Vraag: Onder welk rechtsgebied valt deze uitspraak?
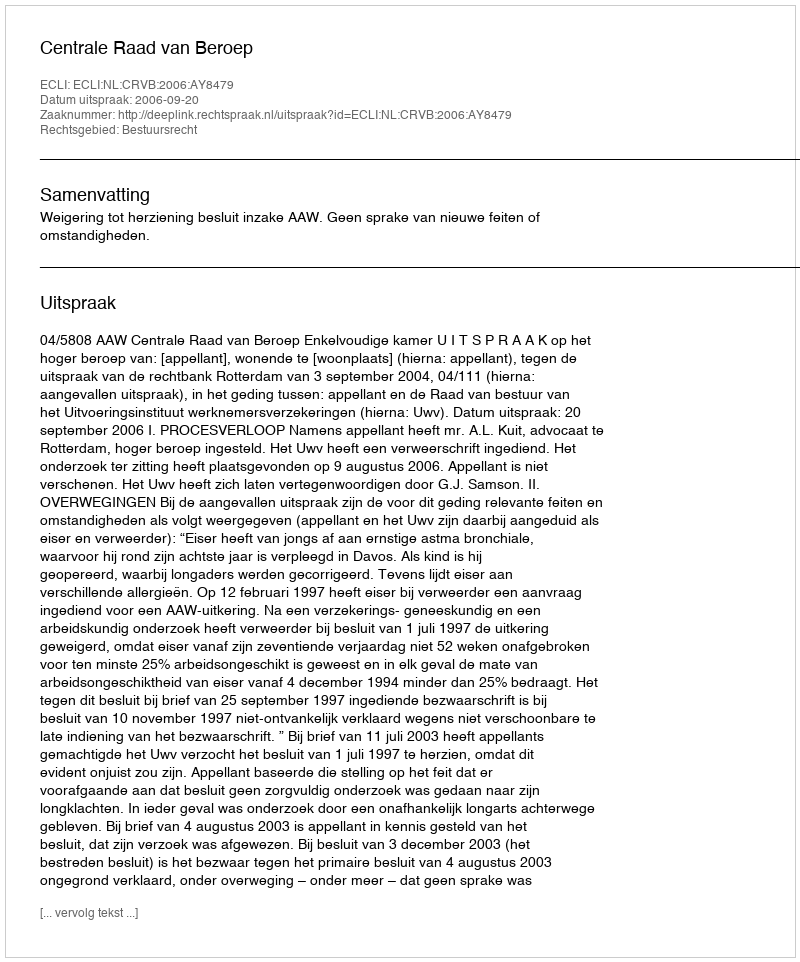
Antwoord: Bestuursrecht